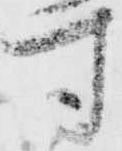
す